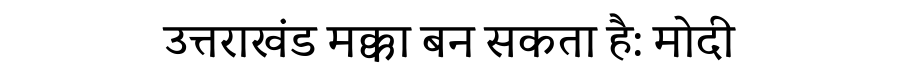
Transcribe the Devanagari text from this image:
उत्तराखंड मक्का बन सकता है: मोदी